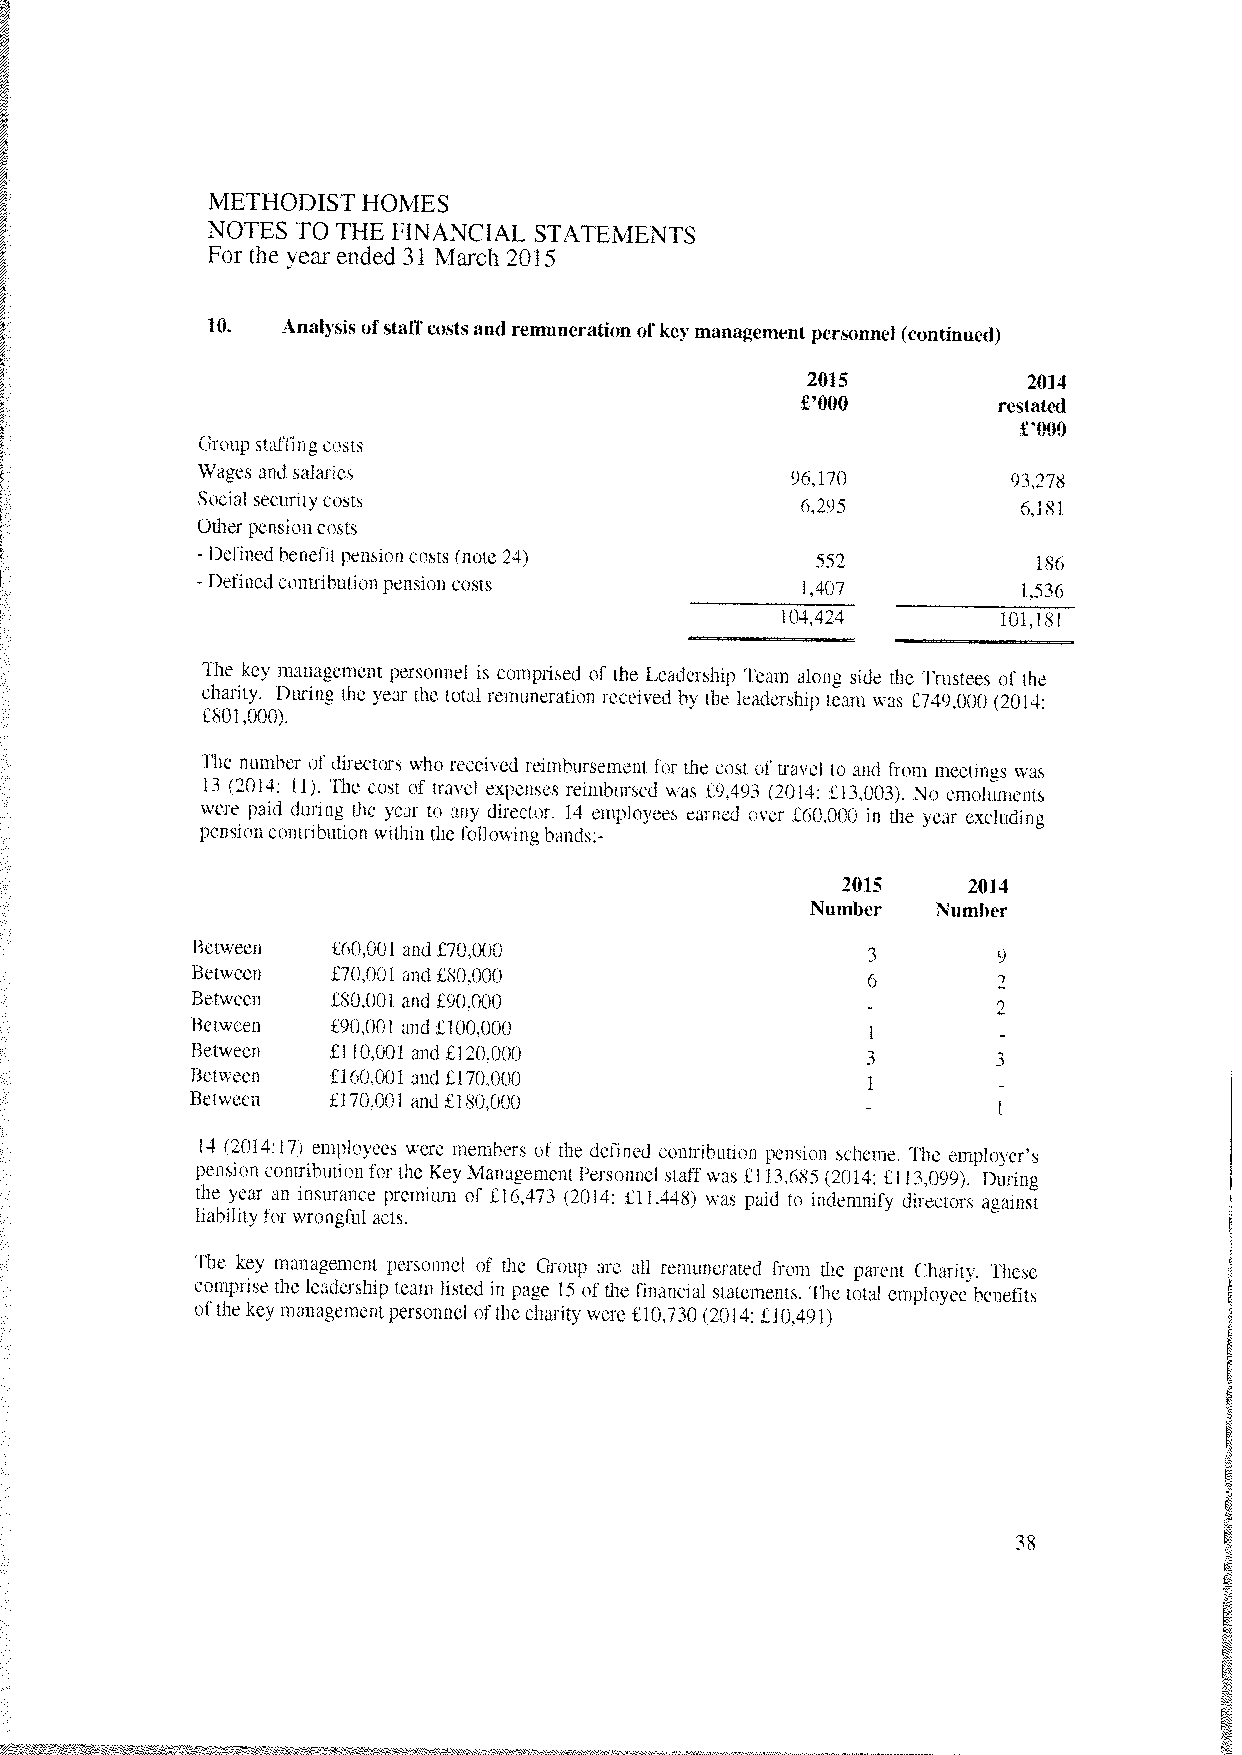
METHODIST HOMES
 NOTES TO THE HNANC1AL STAThMENTS
 For the year ended 31 March 2015
 10.  Analysisofstaffcostsand remuneration of key management personnel (continued)
 2015           2014
 £‘OOO        restated
 £‘OOO
 Group staffing costs
 Wages and salaries                     96,170         93.278
 Social security costs                   6,295          6.181
 Otherpensioncosts
 - Definedbenefit pensioncosts (note 24)  552            186
 -Definedcontributionpension costs       1.407          1.536
 104,424       101,181
 The key management personnel is comprised of the Leadership Team along side the Trustees of the
 charity. During the year the total remuneration received by the leadership team was £749,000 (2014:
 £801,000).
 The number of directors who received reimbursement for the cost of travel to and from meetings was
 13 (2014: 11). The cost of travel expenses reimbursed was £9,493 (2014: £13,003). No emoluments
 were paid during the year to any director. 14 employees earned over £60,000 in the year excluding
 pension contribution within the followinghands:-
 2015    2014
 Number  Number
 I3etween £60,001 and £70,000
 l3etwcen £70,001 and £80,000                6
 Between  £80,001 and £90,000
 Between  £90,001 and £100,000               -
 J3etween £110,001 and £120,000              3
 Between  £160,001 and £170,000
 Between  £170,001 and £180,000
 14 (2014:17) employees were members of the defined contribution pension scheme. The employer’s
 pension contribution for the Key Management Personnel staffwas £113,685 (2014: £113,099). During
 the year an insurance premium of £16,473 (2014: £11,448) was paid to indemnify directors against
 liabilityfor Tongful acts.
 The key management personnel of the Group are all remunerated from the parent Charity. These
 comprise the leadership team listed in page 15 of the financial statements. The total employee benefits
 ofthe key management personnel ofthe charity were £10,730 (2014: £10.4911
 38